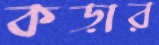
কড়ার